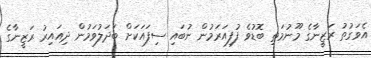
އެވަގުތު ރަޒީނާގެ މޫނުމަތި ބޮޑުވެ ފުފިއަރަމުން ނުބައި ސިފައަކަށް ބަދަލުވަމުން ދިއައިރު ރަޒީނާގެ